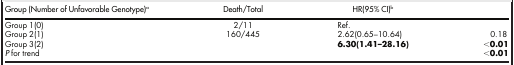
<table><thead><tr><td><b>Group (Number of Unfavorable Genotype)a</b></td><td><b>Death/Total</b></td><td><b>HR(95% CI)b</b></td><td>[EMPTY_CELL]</td></tr></thead><tbody><tr><td>Group 1(0)</td><td>2/11</td><td>Ref.</td><td>[EMPTY_CELL]</td></tr><tr><td>Group 2(1)</td><td>160/445</td><td>2.62(0.65–10.64)</td><td>0.18</td></tr><tr><td>Group 3(2)</td><td>[EMPTY_CELL]</td><td><b>6.30(1.41–28.16)</b></td><td><b>&lt;0.01</b></td></tr><tr><td><i>P</i> for trend</td><td>[EMPTY_CELL]</td><td>[EMPTY_CELL]</td><td><b>&lt;0.01</b></td></tr></tbody></table>